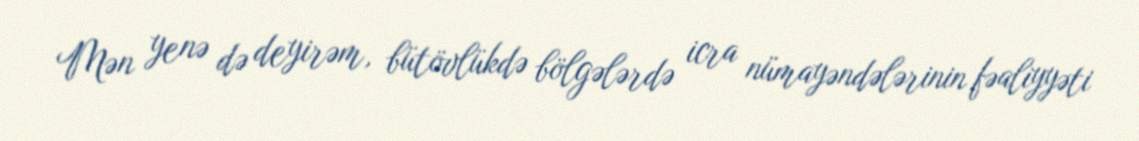
Mən yenə də deyirəm, bütövlükdə bölgələrdə icra nümayəndələrinin fəaliyyəti